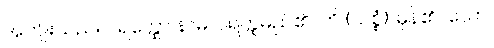
အကျိုးသည်။ ပရတ္ထော နာမ၊ ပရတ္ထမည်၏။ ဟိ (သစ္စံ)၊ မှန်၏။ သော၊